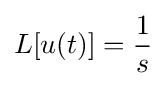
L[u(t)]={\dfrac {1}{s}}